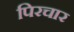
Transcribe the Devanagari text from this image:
पिरचार